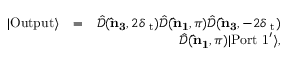
\begin{array} { r l r } { | \mathrm { O u t p u t } \rangle } & { = } & { \hat { \mathcal { D } } ( { \bf \hat { n } _ { 3 } } , 2 \delta { \it \Psi } _ { \mathrm { t } } ) \hat { \mathcal { D } } ( { \bf \hat { n } _ { 1 } } , \pi ) \hat { \mathcal { D } } ( { \bf \hat { n } _ { 3 } } , - 2 \delta { \it \Psi } _ { \mathrm { t } } ) } \\ & { } & { \hat { \mathcal { D } } ( { \bf \hat { n } _ { 1 } } , \pi ) | \mathrm { P o r t \ 1 } ^ { \prime } \rangle , } \end{array}